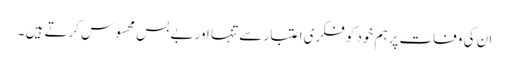
ان کی وفات پرہم خود کو فکری اعتبار سے تنہا اور بے بس محسوس کرتے ہیں ۔